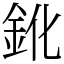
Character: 鈋